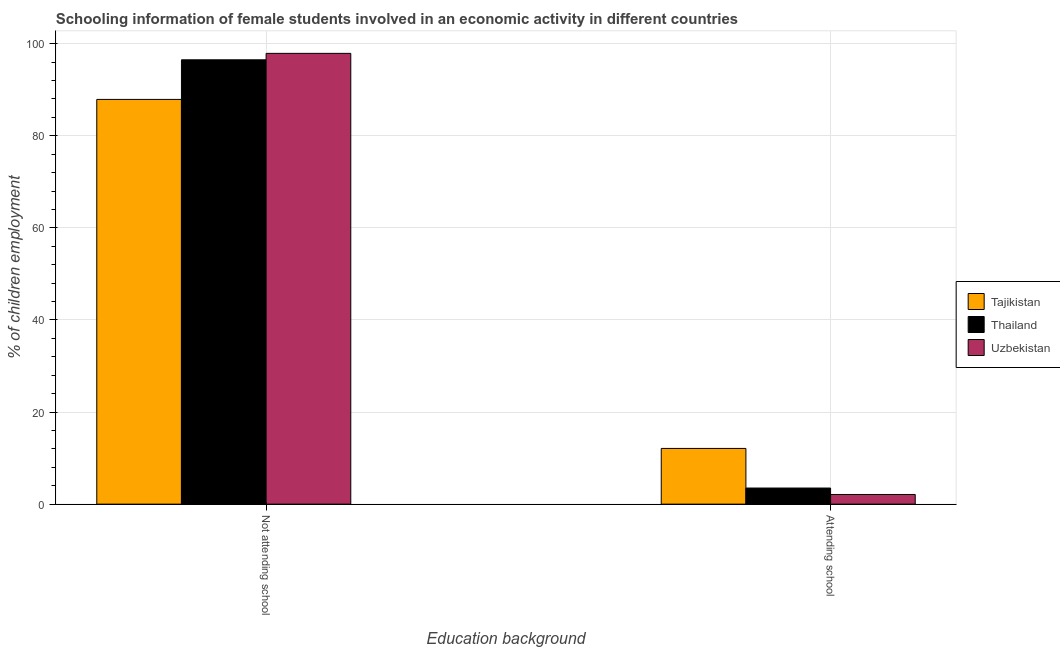
| Education background | Tajikistan | Thailand | Uzbekistan |
 | --- | --- | --- | --- |
 | Not attending school | 87.9 | 96.5 | 97.9 |
 | Attending school | 12.1 | 3.5 | 2.1 |